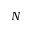
N